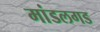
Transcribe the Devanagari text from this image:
मांडलगड